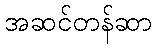
အဆင်တန်ဆာ